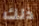
ذلك